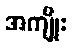
အကျိုး